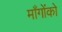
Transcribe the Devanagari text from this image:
माँगोंको